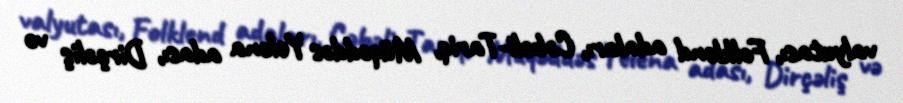
valyutası, Folklend adaları, Cəbəli-Tariq, Müqəddəs Yelena adası, Dirçəliş və